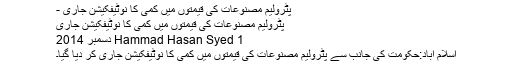
پٹرولیم مصنوعات کی قیمتوں میں کمی کا نوٹیفکیشن جاری -
پٹرولیم مصنوعات کی قیمتوں میں کمی کا نوٹیفکیشن جاری
Hammad Hasan Syed 1 دسمبر 2014
اسلام آباد:حکومت کی جانب سے پٹرولیم مصنوعات کی قیمتوں میں کمی کا نوٹیفکیشن جاری کر دیا گیا۔